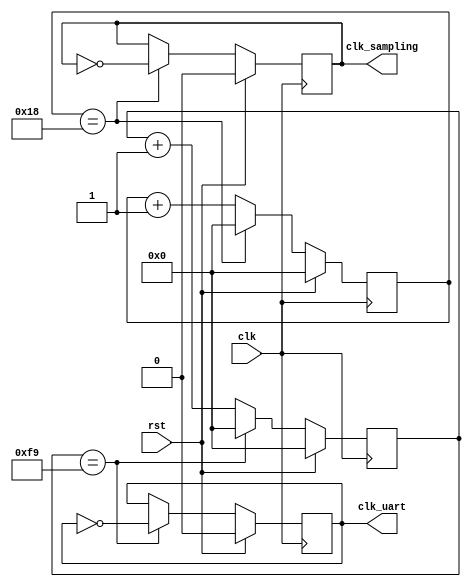
`timescale 1ns / 1ps
//////////////////////////////////////////////////////////////////////////////////
// Company: 
// Engineer: 
// 
// Design Name: 
// Module Name:    clk_divide 
// Project Name: 
// Target Devices: 
// Tool versions: 
// Description: 
//
// Dependencies: 
//
// Revision: 
// Revision 0.01 - File Created
// Additional Comments: 
//
//////////////////////////////////////////////////////////////////////////////////
module clk_divide(
    input clk,
	 input rst,
	 output clk_uart,
	 output clk_sampling
    );

	parameter CLK_RATE = 9600000;
	parameter BAUD_RATE = 19200;
	parameter SAMPLE_RATE = 10;

	
	wire [15:0] counter_uart_max; 
	wire [15:0] counter_sampling_max;	

	reg [16:0] counter_uart;
	reg clk_uart_internal;
	reg [16:0] counter_sampling;
	reg clk_sampling_internal;

	assign counter_uart_max = CLK_RATE/BAUD_RATE/2-1;
	assign counter_sampling_max = CLK_RATE/BAUD_RATE/SAMPLE_RATE/2-1;

	assign clk_uart = clk_uart_internal;
	assign clk_sampling = clk_sampling_internal;


	always@(posedge clk)
		begin
		if (rst == 1)
			begin
			counter_uart <= 0;
			clk_uart_internal <= 0;
			end
		else
			begin
			if (counter_uart == counter_uart_max)        // Comment this line if you want to use the testbench
			//if (counter_uart == 15)
				begin
				counter_uart <= 0;
				clk_uart_internal <= ~clk_uart_internal;
				end
			else 
				counter_uart <= counter_uart+1'b1;
			end
		end
		
	
	always@(posedge clk)
		begin
		if (rst == 1)
			begin
			counter_sampling <= 0;
			clk_sampling_internal <= 0;
			end
		else
			begin
			if (counter_sampling == counter_sampling_max)		// Comment this line if you want to use the testbench
			//if (counter_sampling == 1) 
				begin
				counter_sampling <= 0;
				clk_sampling_internal <= ~clk_sampling_internal;
				end
			else 
				counter_sampling <= counter_sampling+1'b1;
			end
		end



endmodule